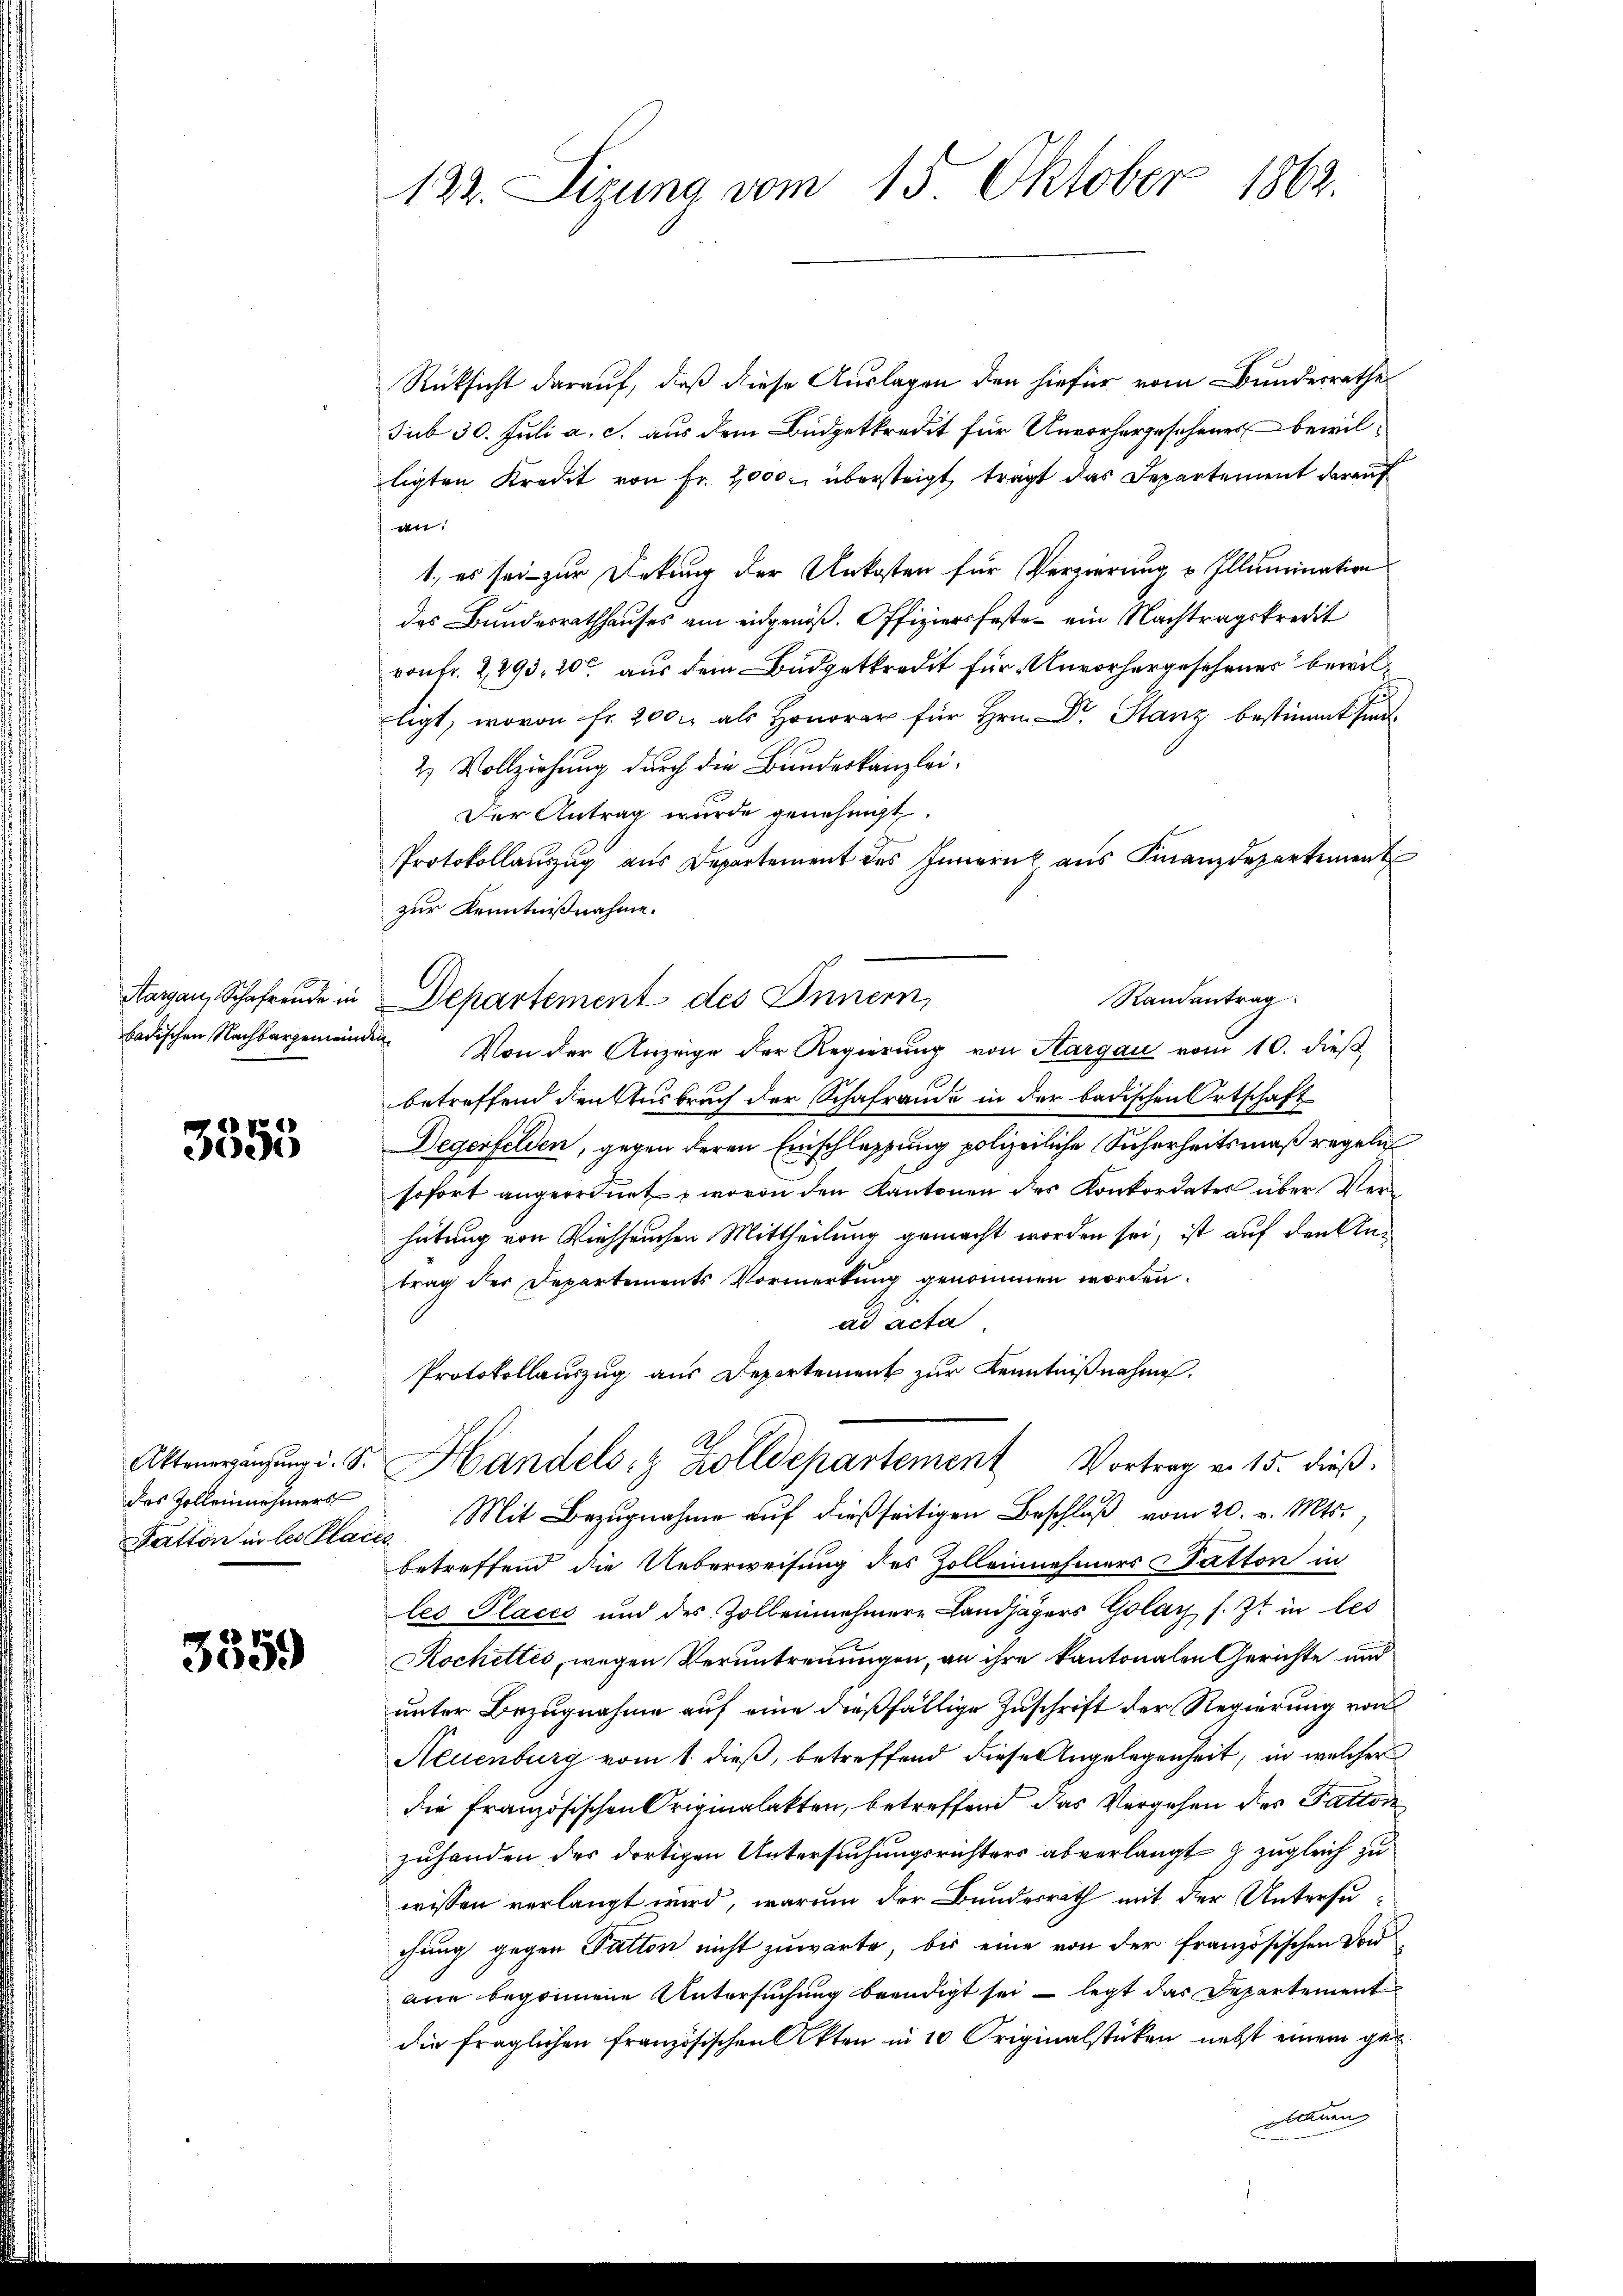
3553

Rücksicht darauf, daß diese Auslagen den hiefür vom Bunderrathe
sub 30. Juli a. c. aus dem Büdgetkredit für Unvorhergesehener bewilligten Kredit von Fr. 2000 übersteigt, trägt das Departement darauf
dt
1., es sei zur Detung der Unkosten für Verzierung u Illumination
das Bundesrathhauses am eidgenöß. Offiziersfeste ein Nachtragskredit
vonFr. 2, 293, 20 aus dem Büdgetkredit für Unvorhergesehener bewilligt, wovon fr. 2000 als Honorar für Hrn. Dr. Stanz bestimmt sind.
2) Vollziehung durch die Bundeskanzlei¬
Der Antrag wurde genehmigt.
Protokollaŭszŭg aŭs Departement des Innern aŭs Finanzdepartement
zur Kenntnißnahme.
badischen Nachbargenwinden. Von der Anzeige der Regierŭng von Hargau vom 10. dieβ
betreffend den Ausbruch der Schafraude in der badischen Ortschaft
Degerfelden, gegen deren Einschlassung polizeiliche Sicherheitsmaßregeln
sofort angeordnet  wovon den Kantonen des Konkordates über Verhütung von Viehseuchen Mittheilung gemacht worden sei, ist auf den Antrag der Departements Vormerkung genommen worden.
ad acta
Protokollauszug aus Departement zur Kenntnißnahme.
Atteneratŭng d. S. Handels- & Zolldepartement Vortrag v. 15. dieβ.
Patton in les Place. Mit Bezugnahme auf dießseitigen Beschluß vom 20. v. Mts.
betreffend die Ueberweisung des Zollennehmers Datton in
les Places und des Zollennehmere Landjägers Golay s. Zt. in les
Rochettes, wegen Veruntreuungen, an ihre kantonalen Gerichte und
unter Bezugnahme auf eine dießfällige Zuschrift der Regierung von
Neuenburg vom 1. dieß, betreffend diese Angelegenheit, in welcher
die Französischen Originalakten, betreffend das Vergehen des Fattor
zuhanden des dortigen Untersuchungsrichters abverlangt & zugleich zu
wissen verlangt wird, warum der Bundesrath mit der Untersuchung gegen Patton nicht zuwarte, bis eine von der französischen Vord
ane begonnene Untersuchung beendigt sei – legt das Departement
die fraglichen französischen Akten in 10 Originalstücken nebst einem ge¬
Manen

des Zolleinehmers

3359

122. Sizung vom 15 Oktober 1862.

Aargau, Schaftende in Departement des Innern,

Randentrag